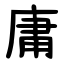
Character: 庸